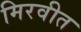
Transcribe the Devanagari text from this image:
मिरवीत